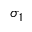
\sigma _ { 1 }